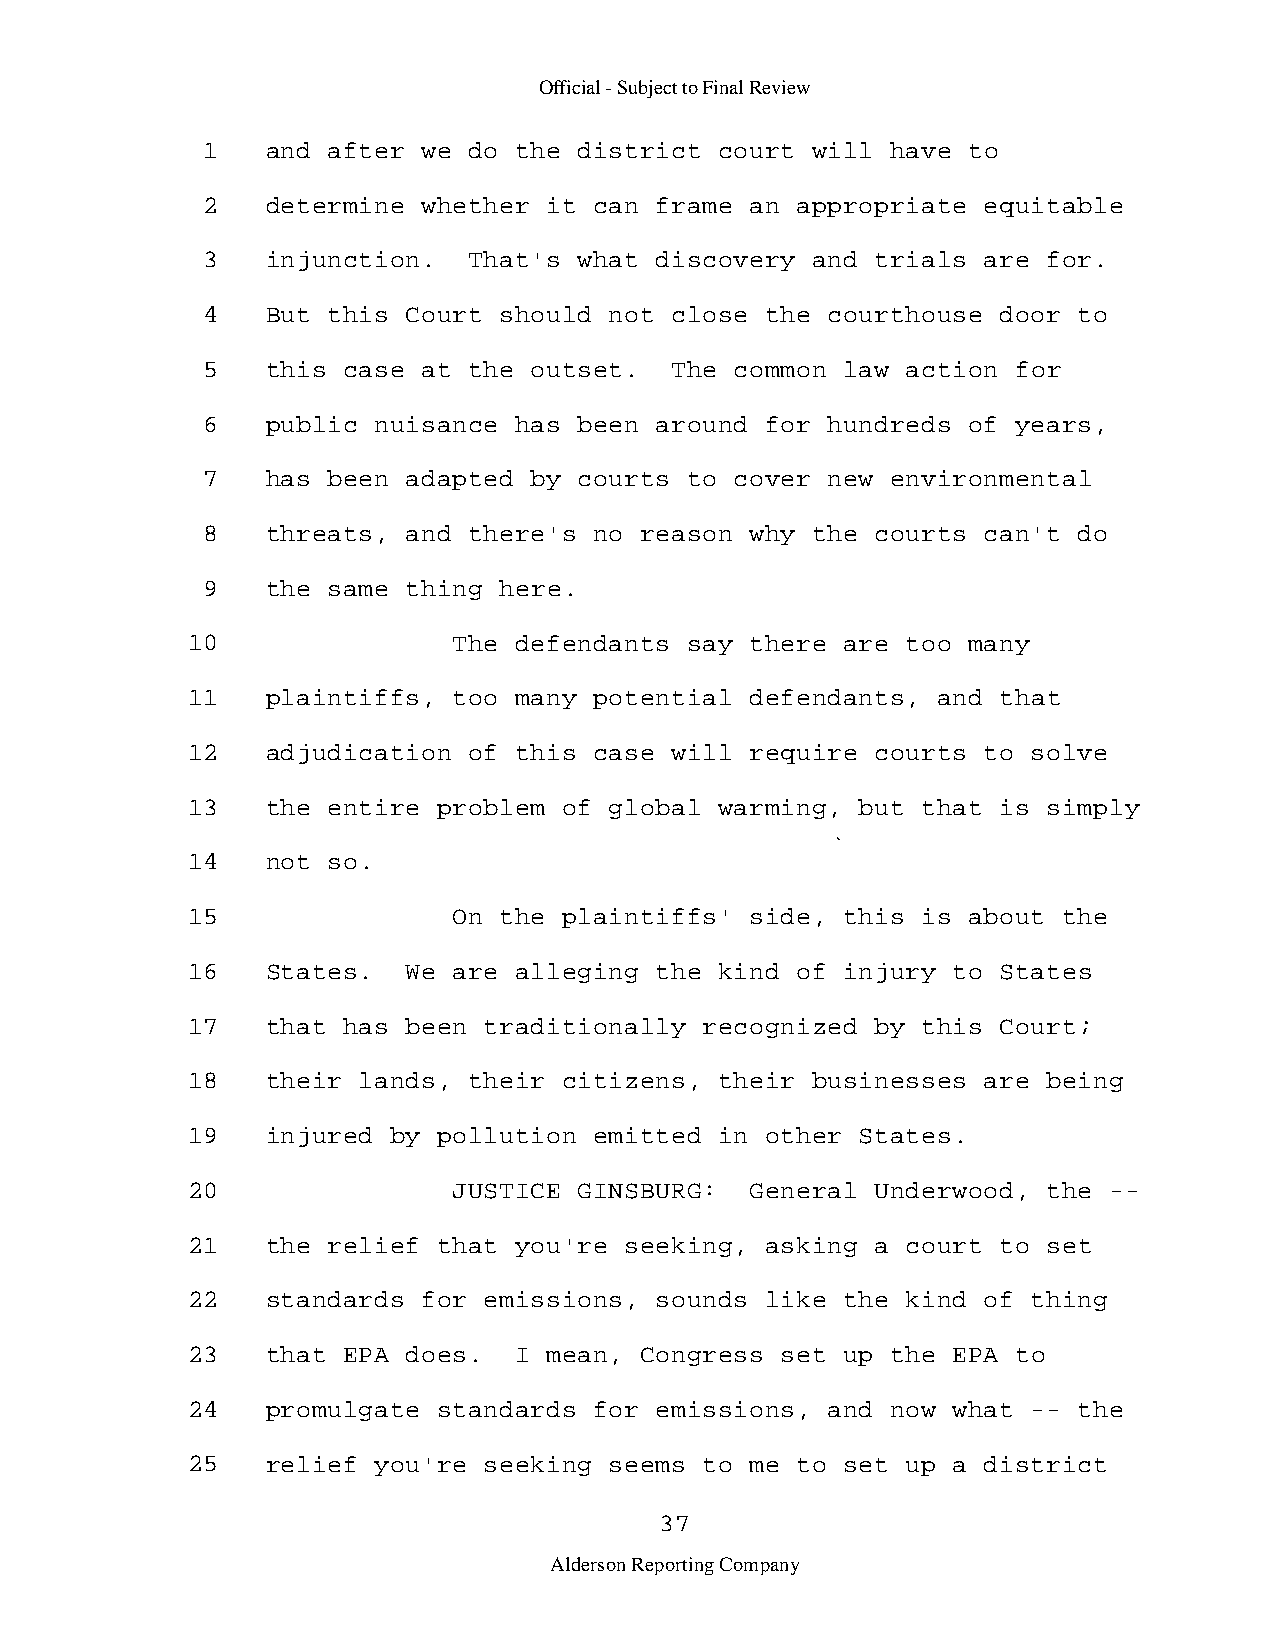
Official - Subject to Final Review
 1    and after we do the district  court will have to
 2    determine whether it can frame  an appropriate equitable
 3    injunction.  That's what discovery  and trials are for.
 4    But this Court should not close  the courthouse door to
 5    this case at the outset.  The  common law action for
 6    public nuisance has been around  for hundreds of years,
 7    has been adapted by courts  to cover new environmental
 8    threats, and there's no reason  why the courts can't do
 9    the same thing here.
 10                The defendants  say there are too many
 11    plaintiffs, too many potential  defendants, and that
 12    adjudication of this case will  require courts to solve
 13    the entire problem of global  warming, but that is simply
 14    not so.
 15                On the plaintiffs'  side, this is about the
 16    States.  We are alleging the  kind of injury to States
 17    that has been traditionally  recognized by this Court;
 18    their lands, their citizens,  their businesses are being
 19    injured by pollution emitted  in other States.
 20                JUSTICE GINSBURG:   General Underwood, the -­
 21    the relief that you're seeking,  asking a court to set
 22    standards for emissions, sounds  like the kind of thing
 23    that EPA does.  I mean, Congress  set up the EPA to
 24    promulgate standards for emissions,  and now what -- the
 25    relief you're seeking seems  to me to set up a district
 37
 Alderson Reporting Company